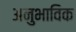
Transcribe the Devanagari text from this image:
अनुभाविक